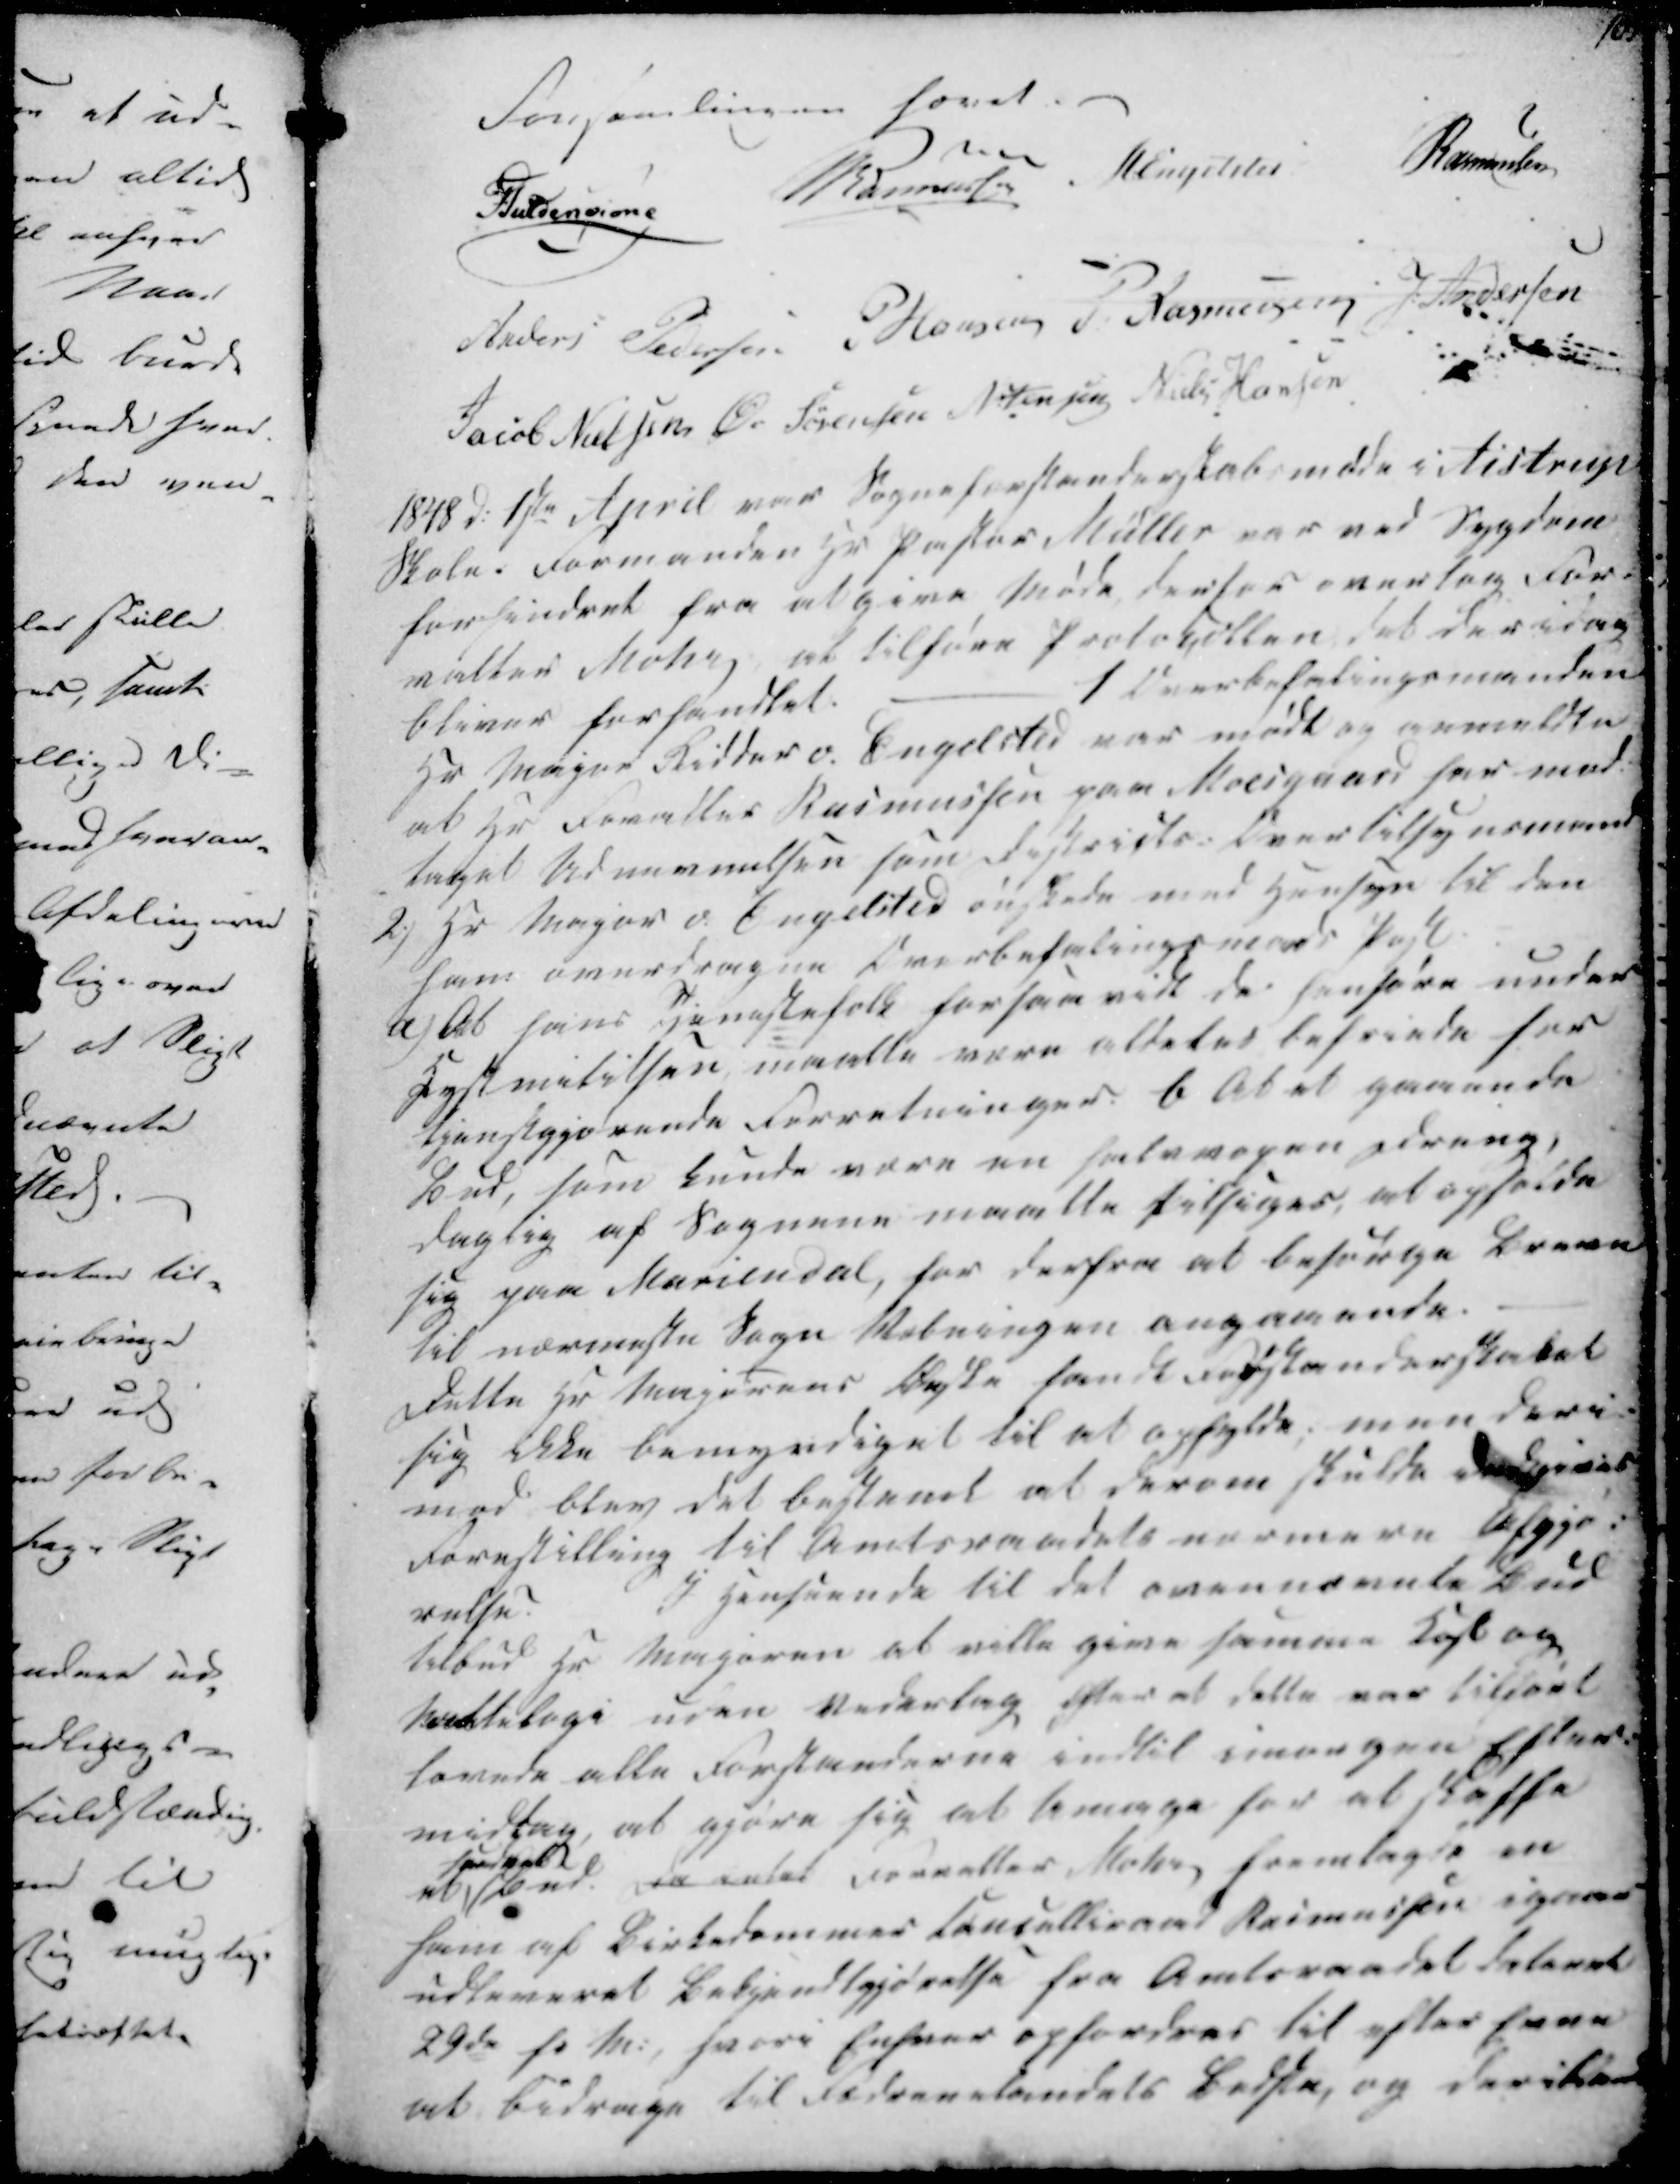
Transskription:
Forsamlingen hævet.
Guldencrone
Ramussen

Rasmussen
Anders Pedersen
P Hansen
P. Rasmussen
J. Andersen
Jacob Nielsen
Ø. Sørensen
N Jensen
Niels Hansen

1848 d. 1ste April var Sogneforstanderskabsmøde i Aistrup
Skole. Formanden Hr Pastor Müller var ved Sygdom
forhindret fra at give Møde derfor overtog For-
valter Mohr, at tilføre Protokollen det der idag
bliver forhandlet.
1 Overbefalingsmanden
Hr Major Ridder v. Engelsted var mødt og anmeldte
at Hr Forvalter Rasmussen paa Moesgaard har mod
taget Udnævnelsen som Districts-Overtilsynsmand
2.) Hr Major v. Engelsted ønskede med Hensyn til den
ham overdragne Overbefalingsmand Post
A) At hans Tjenestefolk forsaa vidt de henføre under
Kystmitilsen maatte være aldeles befriede for
Tjenstgjørende Forretninger. B At et gaaende
Bud, som kunde være en selvvogen Dreng,
Daglig af Sognene maatte tilsiges, at opholde
sig paa Mariendal, for derfra at besørge Breve
Til nærmeste Sogn Vobningen angaaende.
Dette Hr Majorens Ønske fandt Forstanderskabet
sig ikke bemyndiget til at opfylde; men deri-
mod blev det bestemt at derom skulde es
Forestilling til Amtsraadets nærmere Afgjø-
relse.
I Henseende til det ovennævnte Bud
tilbud Hr Majoren at ville give samme Kost og
Maattelogi uden Vederlag, Efter at dette var tilført
lovede alle Forstanderne indtil imorgen Efter
middag, at gjøre sig at bringe for at skaffe

at . Da intet Forvalter Mohr fremlagde en
ham af Birkedommer Cancelliraad Rasmussen i gaar
udleveret Bekjendtgjørelse fra Amtsraadet dateret
29de f.M., hvori Enhver opfordres til efter Evne
at bidrage til Fædrenelandets bedste, og deriblandt